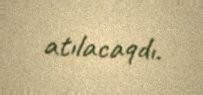
atılacaqdı.